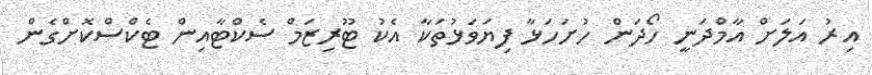
އިރު އަލަށް އާމްދަނީ ހޯދަން ހުށަހަޅާ ފިޔަވަޅުތަކާ އެކު ޓޫރިޒަމް ސެކްޓާއިން ޓެކްސްކޮށްގެން